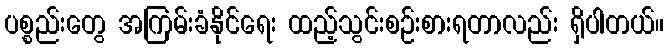
ပစ္စည်းတွေ အကြမ်းခံနိုင်ရေး ထည့်သွင်းစဉ်းစားရတာလည်း ရှိပါတယ်။